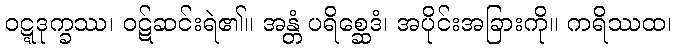
ဝဋ္ဋဒုက္ခဿ၊ ဝဋ်ဆင်းရဲ၏။ အန္တံ ပရိစ္ဆေဒံ၊ အပိုင်းအခြားကို။ ကရိဿထ၊